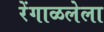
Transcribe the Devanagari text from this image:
रेंगाळलेला